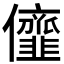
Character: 𠑠